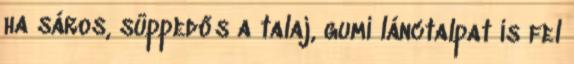
ha sáros, süppedős a talaj, gumi lánctalpat is fel